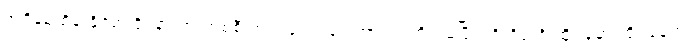
အရှိန်မထိန်းနိုင်ဘဲ ဒိုင်နာကားတစ်စီးအား ဘေးခြမ်းအားဝင်တိုက်မိပြီး တိုးဂိတ်ရှိ ထိုင်ခုံမှာ ထိုင်နေတဲ့